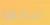
لسانها